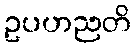
ဥပဟညတိ